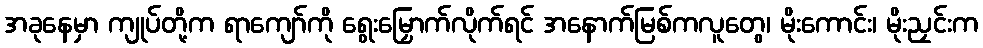
အခုနေမှာ ကျုပ်တို့က ရာကျော်ကို ရွေးမြှောက်လိုက်ရင် အနောက်မြစ်ကလူတွေ၊ မိုးကောင်း၊ မိုးညှင်းက